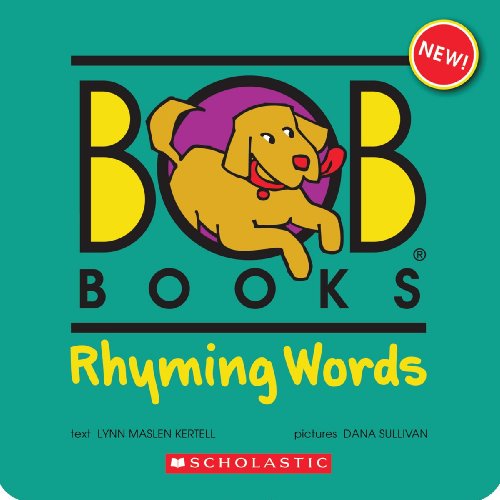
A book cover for Bob Books: Rhyming Words; Lynn Maslen Kertell; Children's Books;